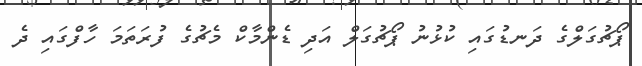
ޕޯޗުގަލްގެ ދަނޑުގައި ކުޅުނު ޕޯޗުގަލް އަދި ޑެންމާކް މެޗުގެ ފުރަތަމަ ހާފްގައި ދެ